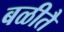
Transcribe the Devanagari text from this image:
बळीतै